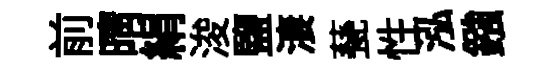
前晴絹浚鹽淒甆性泓鏹